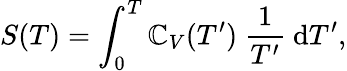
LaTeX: S(T)=\int_{0}^{T}\mathbb{C}_{V}(T^{\prime})~\frac{{1}}{{T^{\prime}}}~\mathrm{{d}}T^{\prime},